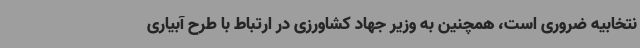
نتخابیه ضروری است، همچنین به وزیر جهاد کشاورزی در ارتباط با طرح آبیاری